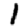
Digit: 1